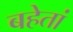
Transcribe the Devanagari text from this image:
बहेतां